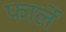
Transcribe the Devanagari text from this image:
फार्ले